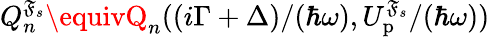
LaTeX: Q_{n}^{\mathfrak{F}_{s}}\equivQ_{n}({(i\Gamma+\Delta)}/{(\hbar\omega)},{U_{\mathrm{{p}}}^{\mathfrak{F}_{s}}}/{(\hbar\omega)})